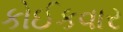
કોઈકવાર